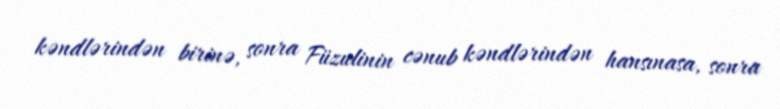
kəndlərindən birinə, sonra Füzulinin cənub kəndlərindən hansınasa, sonra